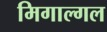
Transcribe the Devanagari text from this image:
मिगाल्गल